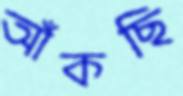
আঁকছি